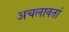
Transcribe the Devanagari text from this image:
अचलावतां